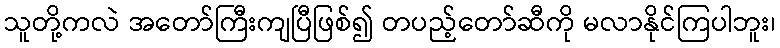
သူတို့ကလဲ အတော်ကြီးကျပြီဖြစ်၍ တပည့်တော်ဆီကို မလာနိုင်ကြပါဘူး၊